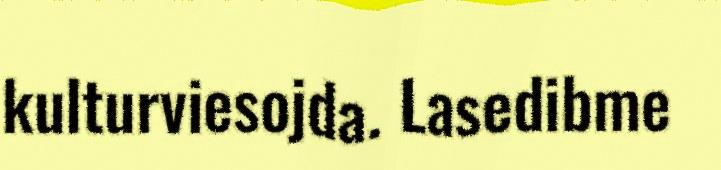
kulturviesojda. Lasedibme